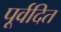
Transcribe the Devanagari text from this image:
पूर्वदित